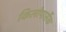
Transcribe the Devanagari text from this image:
किलोपार्सेक